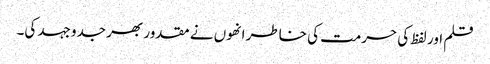
قلم اور لفظ کی حرمت کی خاطر انھوں نے مقدور بھر جدوجہد کی۔